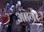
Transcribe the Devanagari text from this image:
अंतर्गर